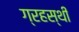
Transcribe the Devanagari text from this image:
ग्रहस्थी